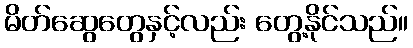
မိတ်ဆွေတွေနှင့်လည်း တွေ့နိုင်သည်။